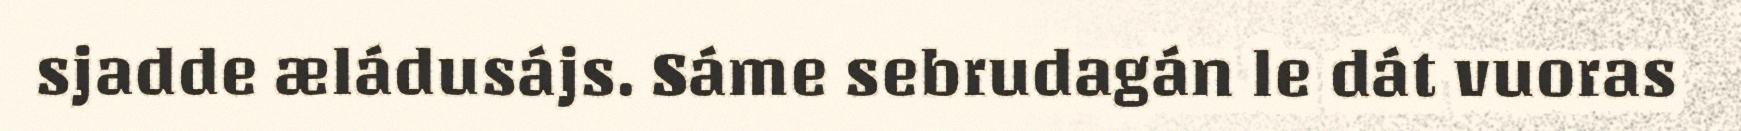
sjadde æládusájs. Sáme sebrudagán le dát vuoras